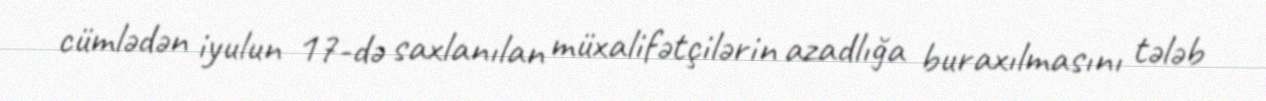
cümlədən iyulun 17-də saxlanılan müxalifətçilərin azadlığa buraxılmasını tələb